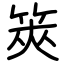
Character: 筴